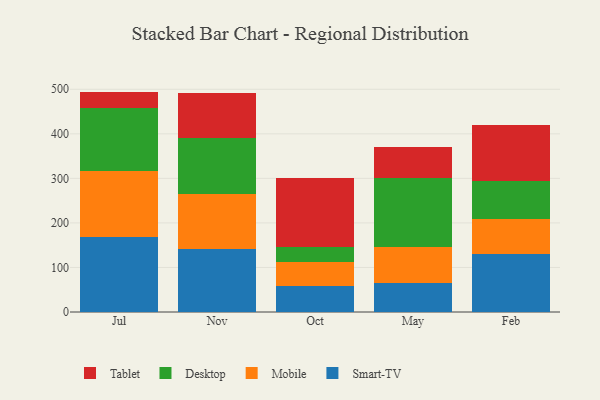
{"axis": {"x": "Month", "y": "Demand Index"}, "legend": ["Desktop", "Mobile", "Smart-TV", "Tablet"], "data": [{"x": "Jul", "y": 168.6, "type": "Smart-TV"}, {"x": "Jul", "y": 148.4, "type": "Mobile"}, {"x": "Jul", "y": 141.2, "type": "Desktop"}, {"x": "Jul", "y": 36.6, "type": "Tablet"}, {"x": "Nov", "y": 142.5, "type": "Smart-TV"}, {"x": "Nov", "y": 121.8, "type": "Mobile"}, {"x": "Nov", "y": 125.9, "type": "Desktop"}, {"x": "Nov", "y": 100.6, "type": "Tablet"}, {"x": "Oct", "y": 58.6, "type": "Smart-TV"}, {"x": "Oct", "y": 54.6, "type": "Mobile"}, {"x": "Oct", "y": 32.0, "type": "Desktop"}, {"x": "Oct", "y": 155.3, "type": "Tablet"}, {"x": "May", "y": 65.4, "type": "Smart-TV"}, {"x": "May", "y": 79.7, "type": "Mobile"}, {"x": "May", "y": 155.3, "type": "Desktop"}, {"x": "May", "y": 69.4, "type": "Tablet"}, {"x": "Feb", "y": 130.3, "type": "Smart-TV"}, {"x": "Feb", "y": 77.7, "type": "Mobile"}, {"x": "Feb", "y": 85.5, "type": "Desktop"}, {"x": "Feb", "y": 126.0, "type": "Tablet"}]}